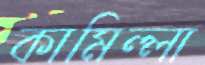
কামিল্লা